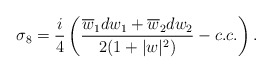
\begin{align*}\sigma_8={{i}\over{4}}\left({{\overline{w}_1dw_1+\overline{w}_2dw_2}\over{2(1+|w|^2)}}-c.c.\right).\end{align*}